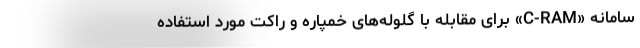
سامانه «C-RAM» برای مقابله با گلوله‌های خمپاره و راکت مورد استفاده